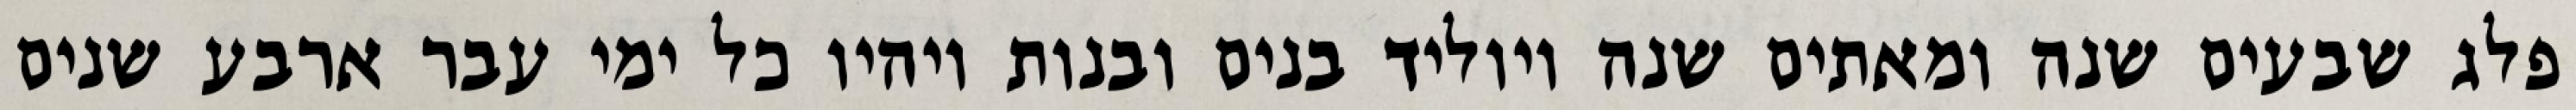
פלג שבעים שנה ומאתים שנה ויוליד בנים ובנות ויהיו כל ימי עבר ארבע שנים